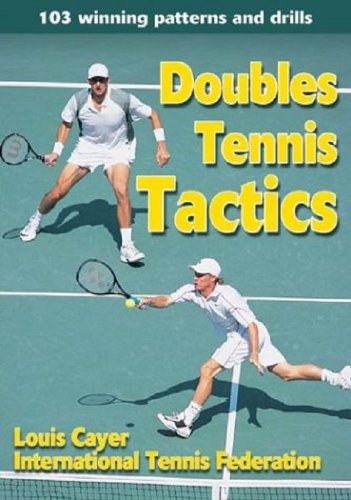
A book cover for Doubles Tennis Tactics; Louis Cayer; Sports & Outdoors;